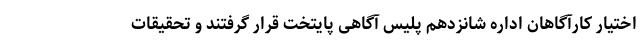
اختیار کارآگاهان اداره شانزدهم پلیس آگاهی پایتخت قرار گرفتند و تحقیقات